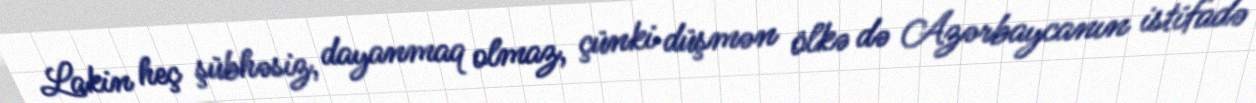
Lakin heç şübhəsiz, dayanmaq olmaz, çünki düşmən ölkə də Azərbaycanın istifadə